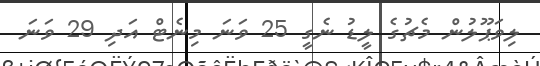
ލިވަޕޫލުން މެޗުގެ ލީޑު ނެގީ 25 ވަނަ މިނެޓް އަދި 29 ވަނަ